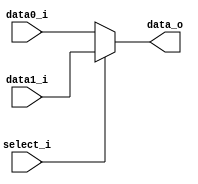
/***************************************************
Student Name:  
Student ID: 0716080 0716203
***************************************************/

`timescale 1ns/1ps

module MUX_2to1(
	input  [31:0] data0_i,       
	input  [31:0] data1_i,
	input         select_i,
	output reg [31:0] data_o
    );			   

/* Write your code HERE */

always @(*) begin
	if(select_i)
		data_o <= data1_i;
	else
		data_o <= data0_i;
end
endmodule